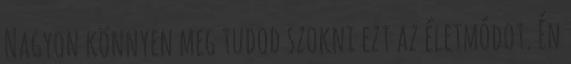
Nagyon könnyen meg tudod szokni ezt az életmódot. Én